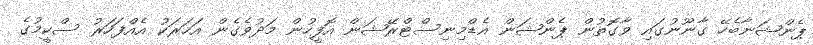
ޕެންޝަނާބެހޭ ގާނޫނުގައި ވާގޮތުން ޕެންޝަން އެޑްމިނިސްޓްރޭޝަން އޮފީހުން މަދުވެގެން އަހަރަކު އެއްފަހަރު ސްކީމުގެ